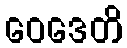
ဝေဒေတိ